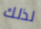
لذلك